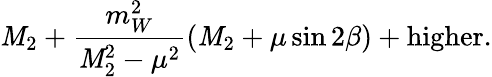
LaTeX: \mathit{M}_{2}+\frac{{m_{W}^{2}}}{{\mathit{M}_{2}^{2}-\mu^{2}}}(\mathit{M}_{2}+\mu\sin2\beta)+\mathrm{{higher}}.